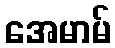
အေမာမ်